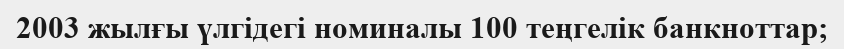
2003 жылғы үлгідегі номиналы 100 теңгелік банкноттар;